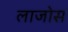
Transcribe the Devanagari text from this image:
लाजोस